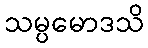
သမ္ပမောဒသိ